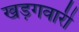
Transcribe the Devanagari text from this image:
खड़गवारी